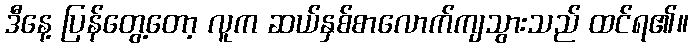
ဒီနေ့ ပြန်တွေ့တော့ လူက ဆယ်နှစ်စာလောက်ကျသွားသည် ထင်ရ၏။